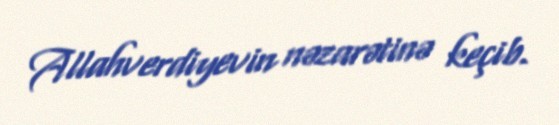
Allahverdiyevin nəzarətinə keçib.